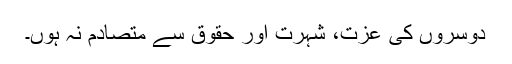
دوسروں کی عزت، شہرت اور حقوق سے متصادم نہ ہوں۔